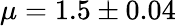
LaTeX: \mu=1.5\pm 0.04